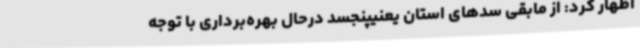
اظهار کرد: از مابقی سدهای استان یعنیپنجسد درحال بهره‌برداری با توجه